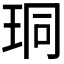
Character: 𪻛